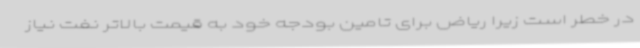
در خطر است زیرا ریاض برای تامین بودجه خود به قیمت بالاتر نفت نیاز